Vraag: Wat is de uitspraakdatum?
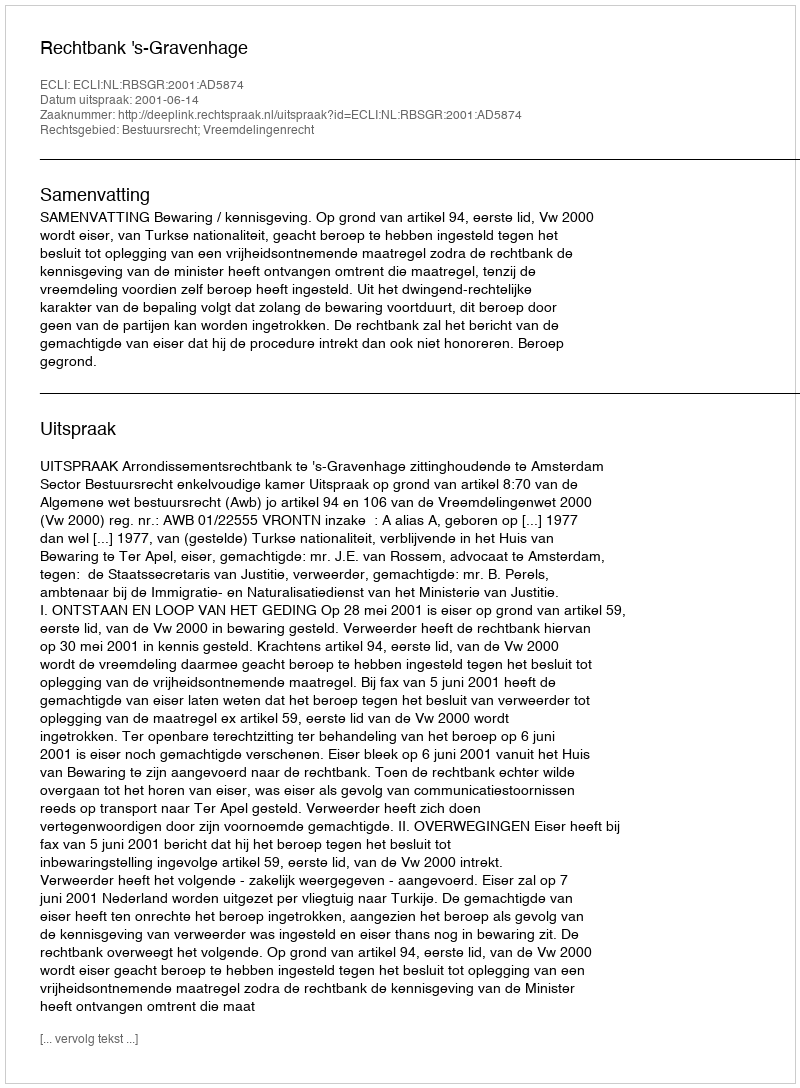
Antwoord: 2001-06-14